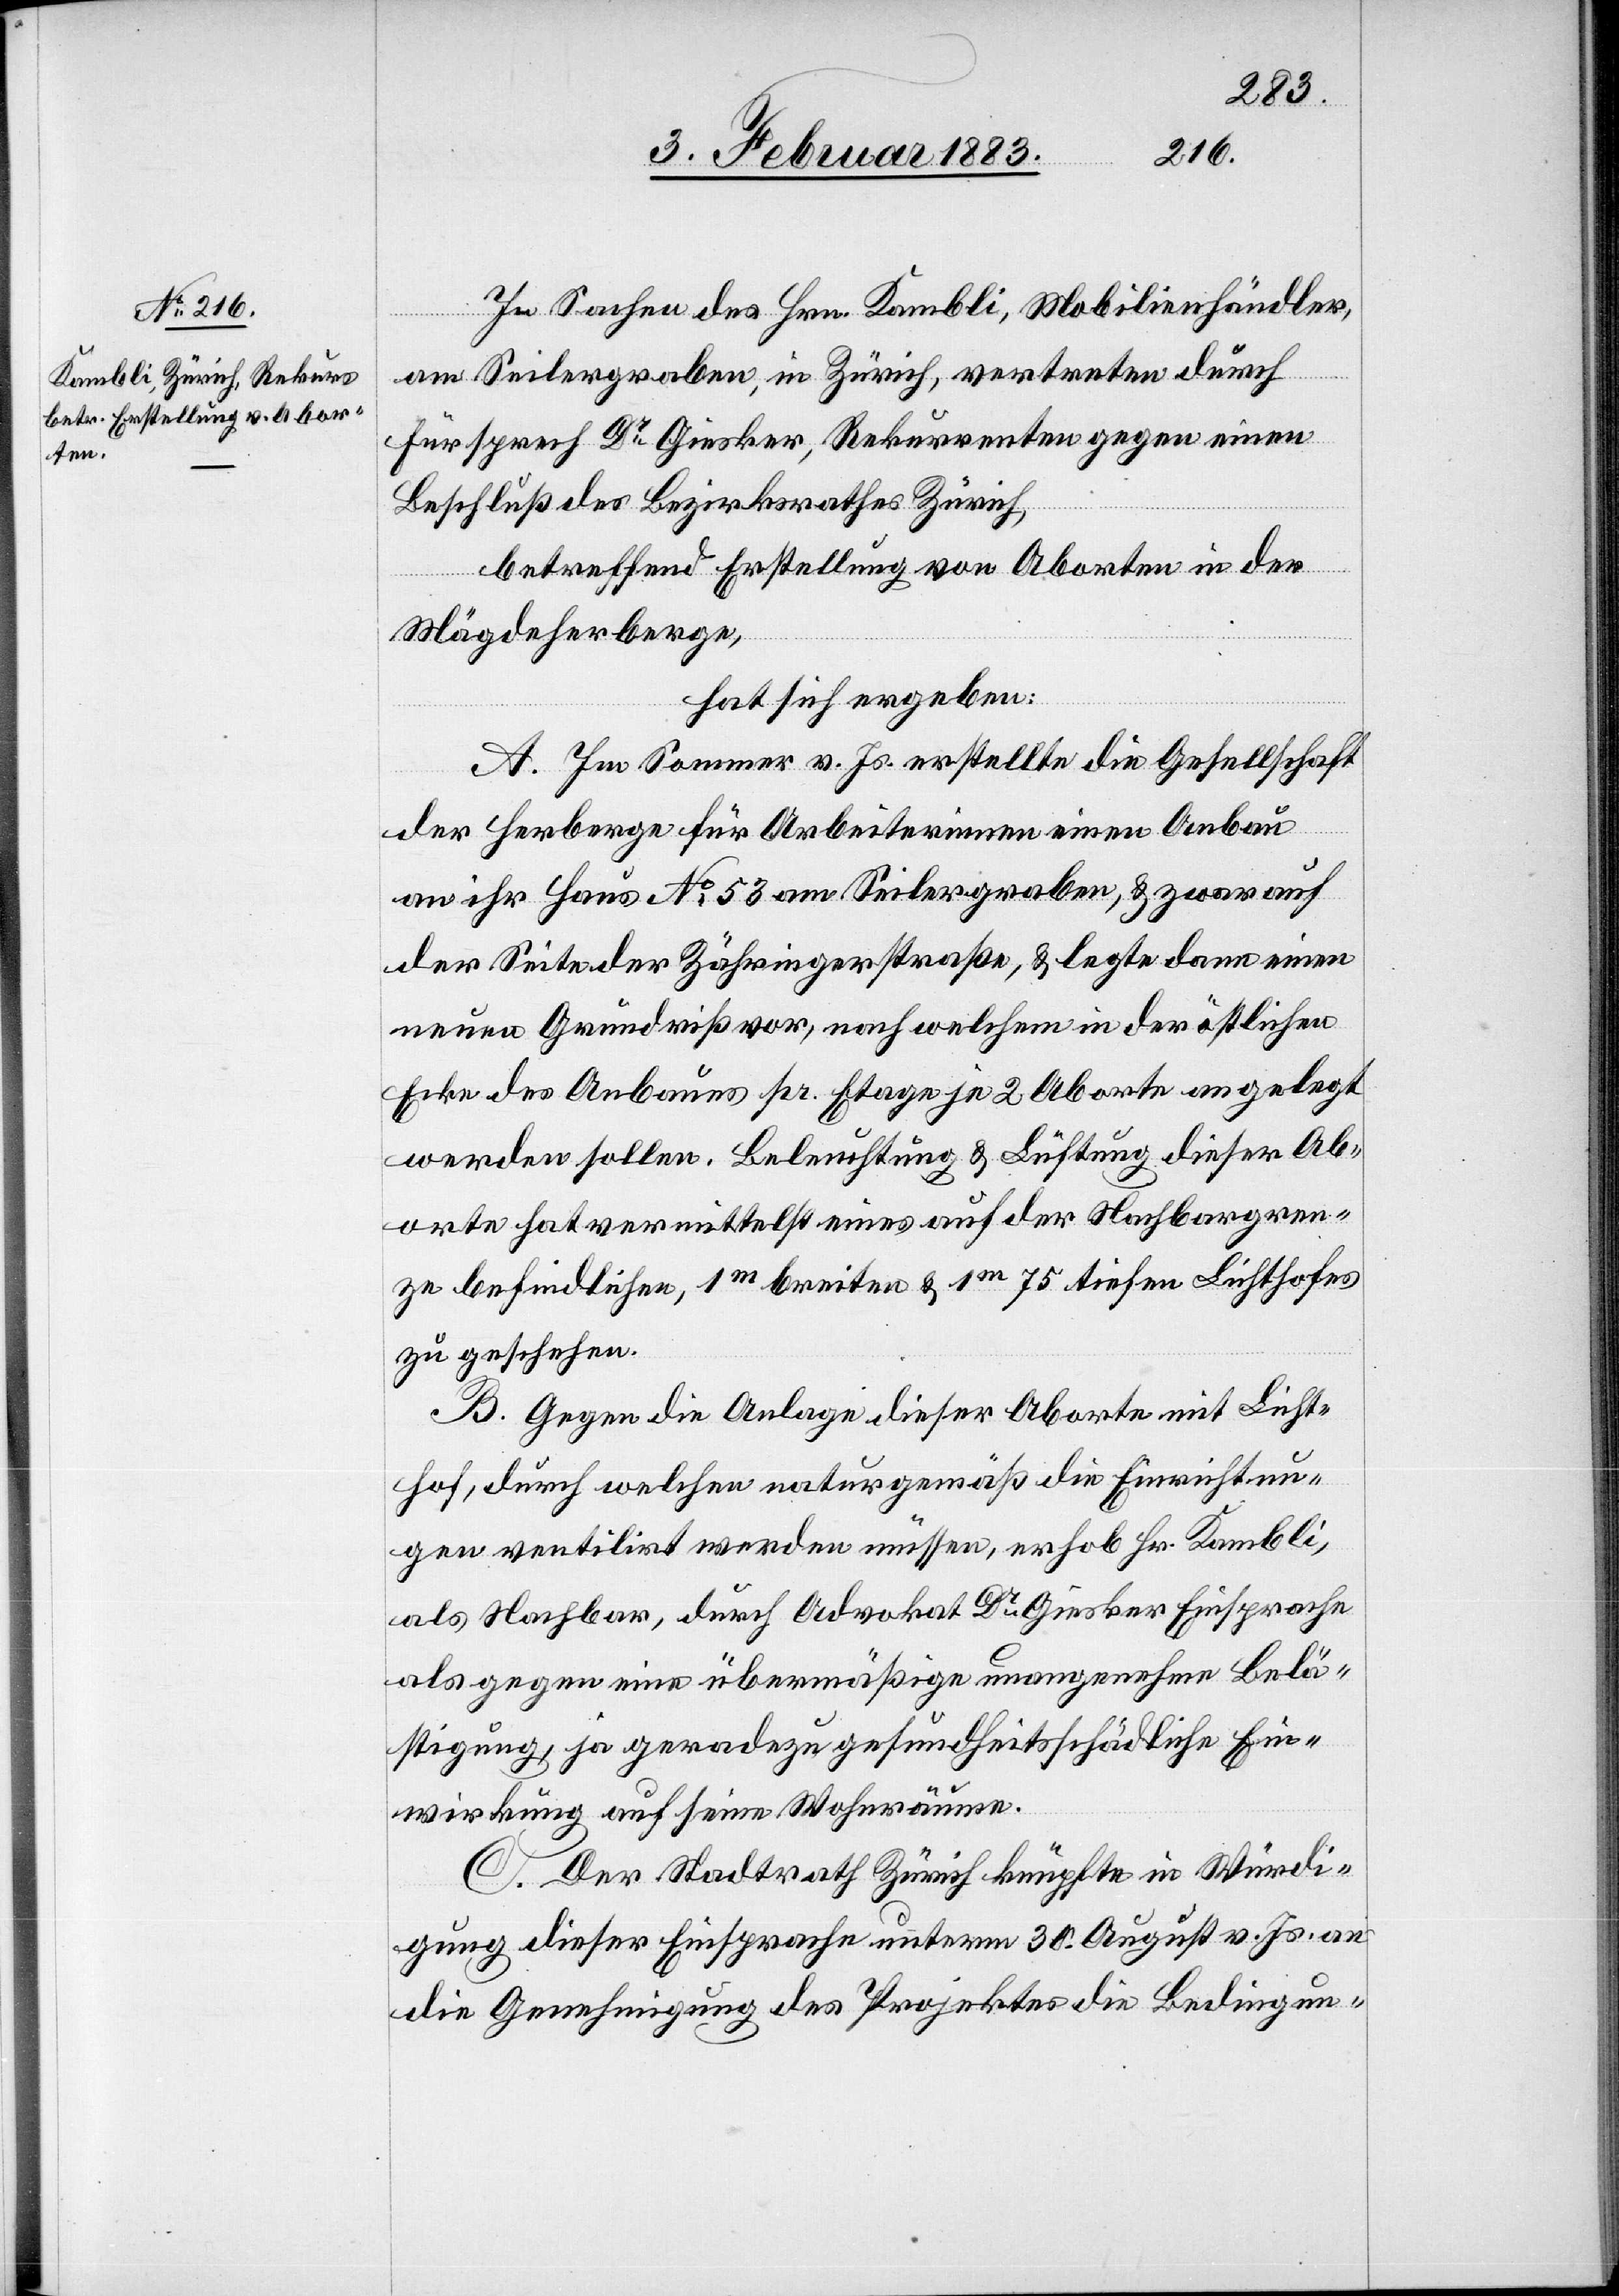
In Sachen des Hrn. Kambli, Mobilienhändler,
am Seilergraben, in Zürich, vertreten durch
Fürsprech Dr Giesker, Rekurrenten gegen einen
Beschluß des Bezirksrathes Zürich,
betreffend Erstellung von Aborten in der
Mägdeherberge,
hat sich ergeben:
A. Im Sommer v. Js. erstellte die Gesellschaft
der Herberge für Arbeiterinnen einen Anbau
an ihr Haus No 53 am Seilergraben, & zwar auf
der Seite der Zähringerstraße, & legte dann einen
neuen Grundriß vor, nach welchem in der östlichen
Ecke des Anbaues pr. Etage je 2 Aborte angelegt
werden sollen. Beleuchtung & Lüftung dieser Ab¬
orte hat vermittelst eines auf der Nachbargren¬
ze befindlichen, 1m breiten & 1m 75 tiefen Lichthofes
zu geschehen.
B. Gegen die Anlage dieser Aborte mit Licht¬
hof, durch welchen naturgemäß die Einrichtun¬
gen ventilirt werden müssen, erhob Hr. Kambli,
als Nachbar, durch Advokat Dr Giesker Einsprache
als gegen eine übermäßige unangenehme Belä¬
stigung, ja geradezu gesundheitsschädliche Ein¬
wirkung auf seine Wohnräume.
C. Der Stadtrath Zürich knüpfte in Würdi¬
gung dieser Einsprache unterm 30. August v. Js. an
die Genehmigung des Projektes die Bedingun-